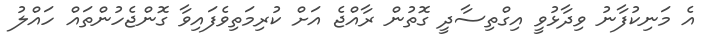
އެ މަނިކުފާނު ވިދާޅުވީ އިގްތިސާދީ ގޮތުން ރާއްޖެ އަށް ކުރިމަތިވެފައިވާ ގޮންޖެހުންތައް ހައްލު